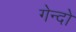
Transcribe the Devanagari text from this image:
गेन्दो